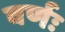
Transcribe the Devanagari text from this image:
वर्णः